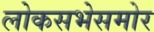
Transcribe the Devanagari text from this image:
लोकसभेसमोर